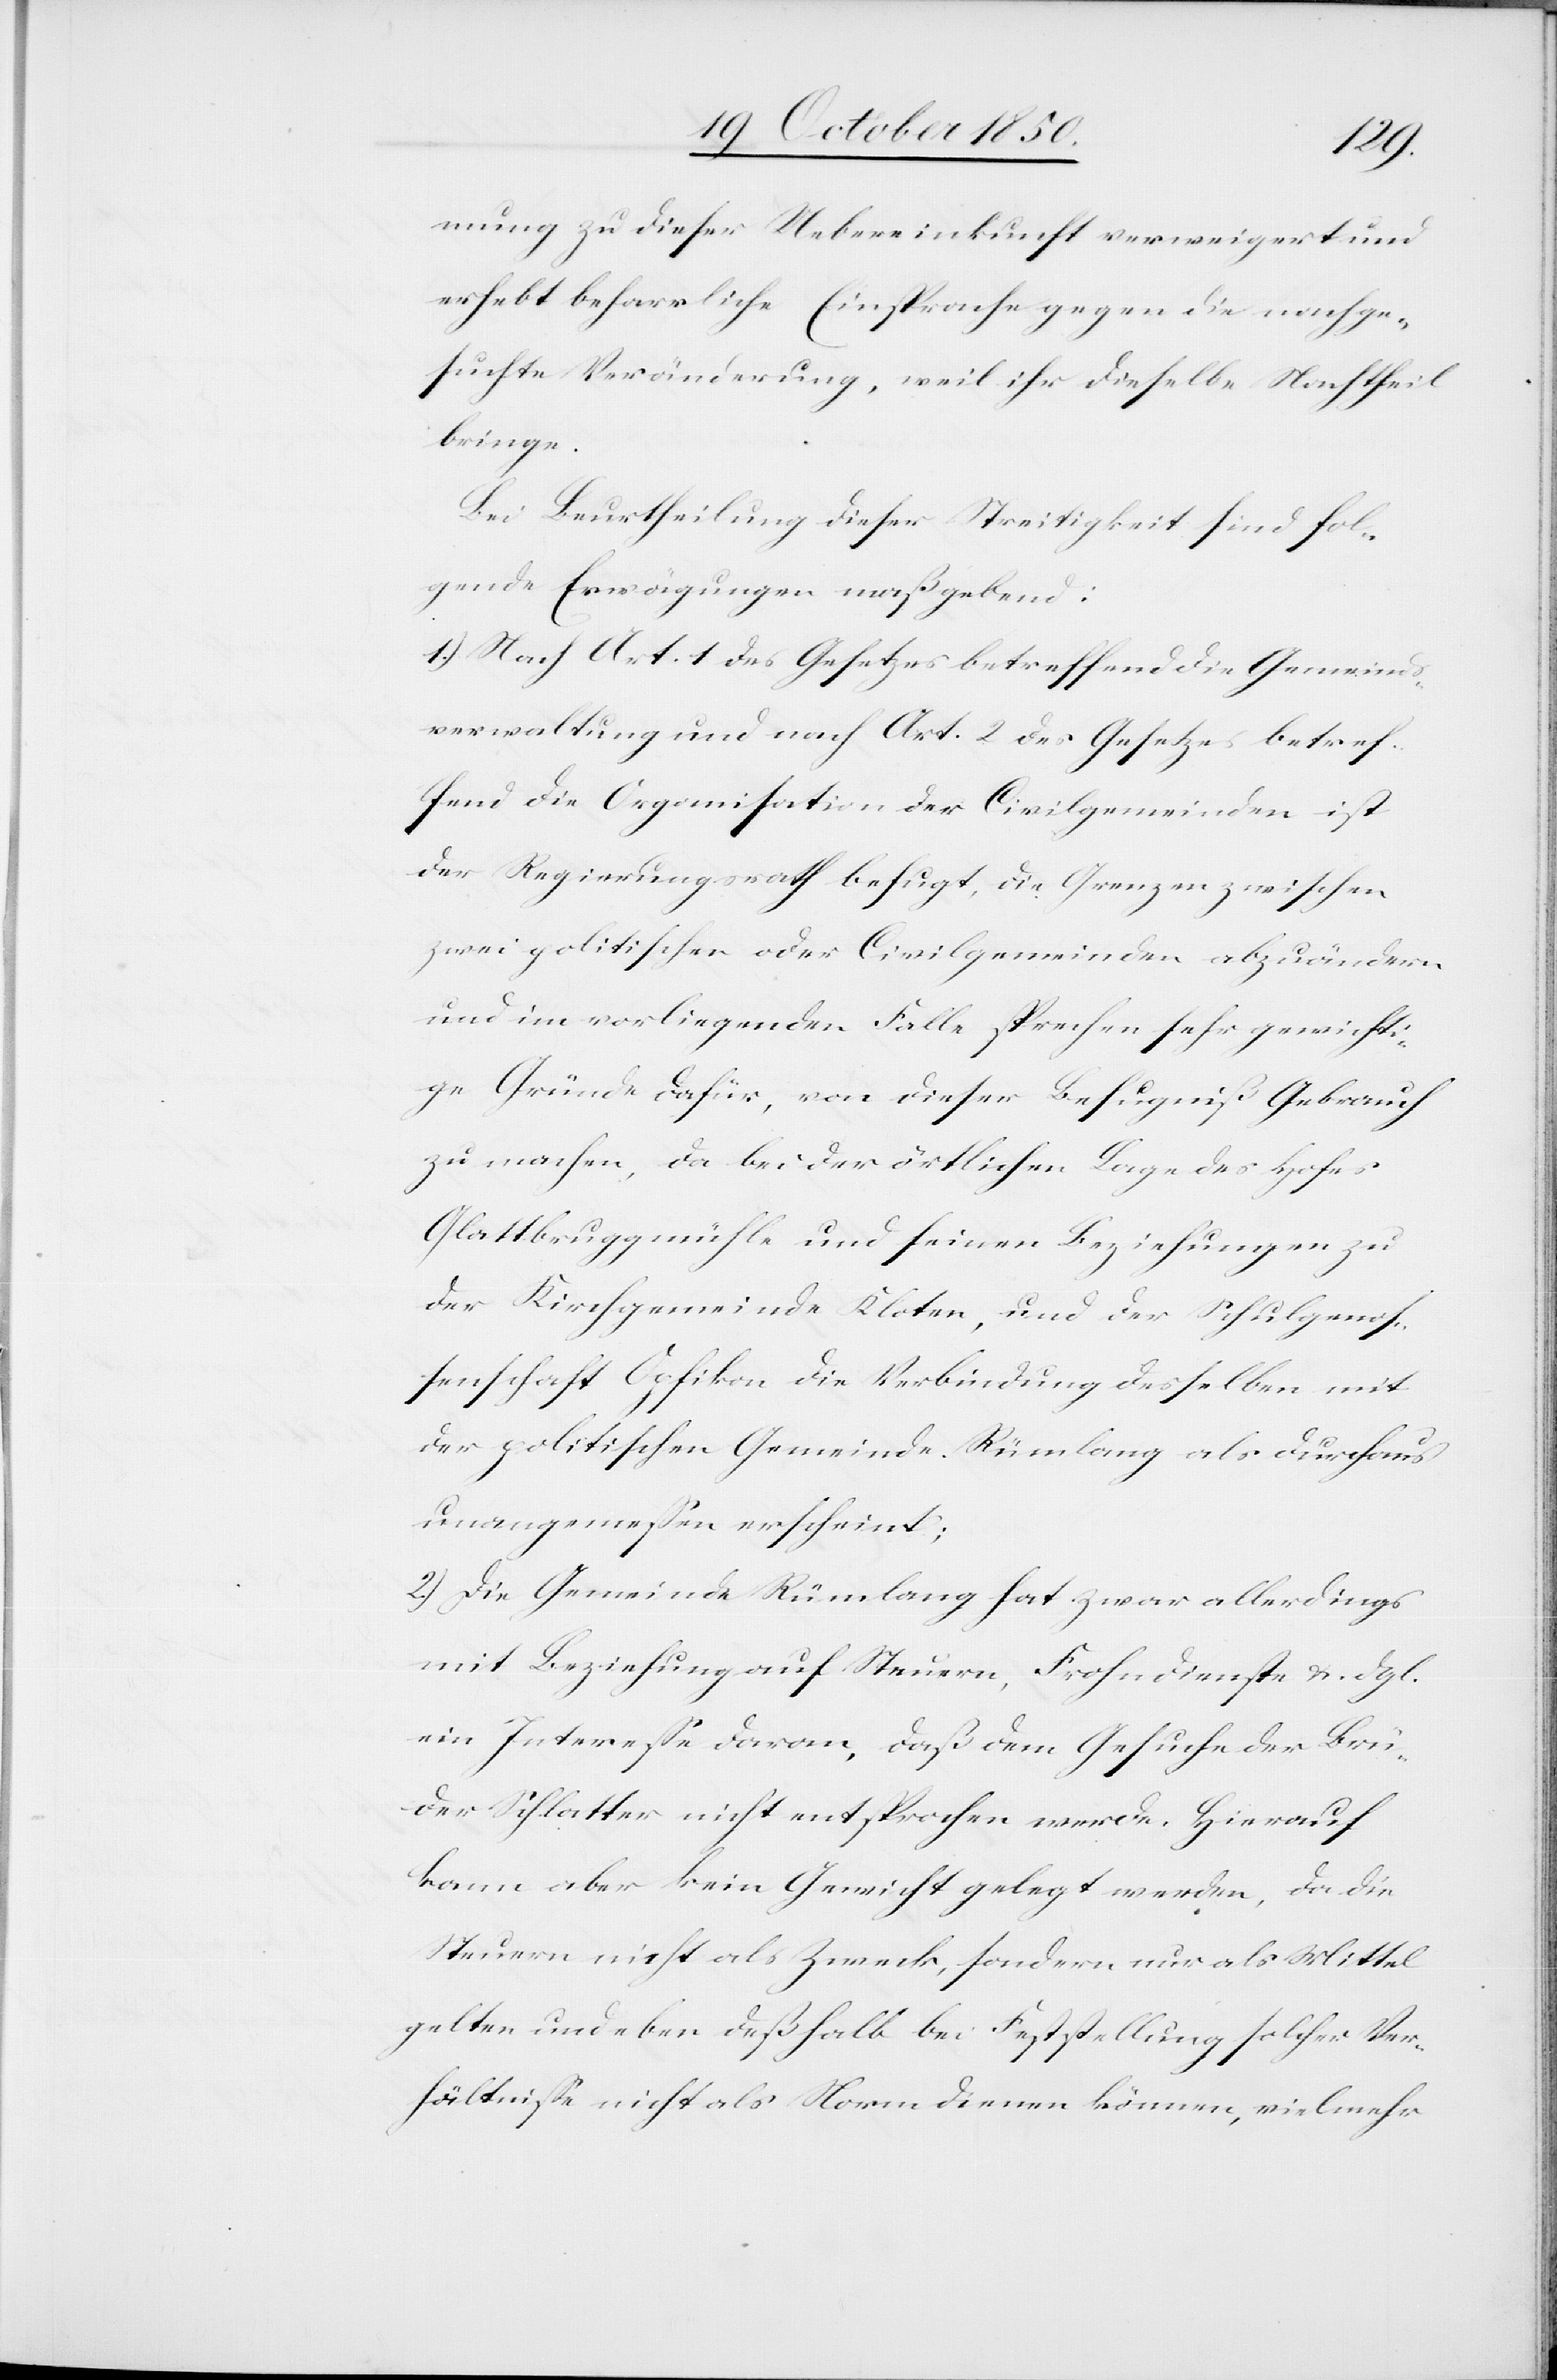
mung zu dieser Uebereinkunft verweigert und
erhebt beharrliche Einsprache gegen die nachge¬
suchte Veränderung, weil ihr dieselbe Nachtheil
bringe.
Bei Beurtheilung dieser Streitigkeit sind fol¬
gende Erwägungen maßgebend:
1.) Nach Art. 1 des Gesetzes betreffend die Gemeinds¬
verwaltung und nach Art. 2 des Gesetzs betre¬
f. die Organisation der Civilgemeinden ist
der Regierungsrath befugt, die Grenzen zwischen
zwei politischen oder Civilgemeinden abzuändern
und im vorliegenden Falle sprechen sehr gewichti¬
ge Gründe dafür, von dieser Befugniß Gebrauch
zu machen, da bei der örtlichen Lage des Hofes
Glattbruggmühle und seinen Beziehungen zu
der Kirchgemeinde Kloten, und der Schulgenos¬
senschaft Opfikon die Verbindung desselben mit
der politischen Gemeinde Rümlang als durchaus
unangemessen erscheint;
2.) Die Gemeinde Rümlang hat zwar allerdings
mit Beziehung auf Steuern, Frohndienste u. dgl.
ein Interesse davon, daß dem Gesuche der Brü¬
der Schlatter nicht entsprochen werde. Hierauf
kann aber kein Gewischt gelegt werden, da die
Steuern nicht als Zweck, sondern nur als Mittel
gelten und eben deßhalb bei Feststellung solcher Ver¬
hältnisse nicht als Norm dienen können, vielmehr